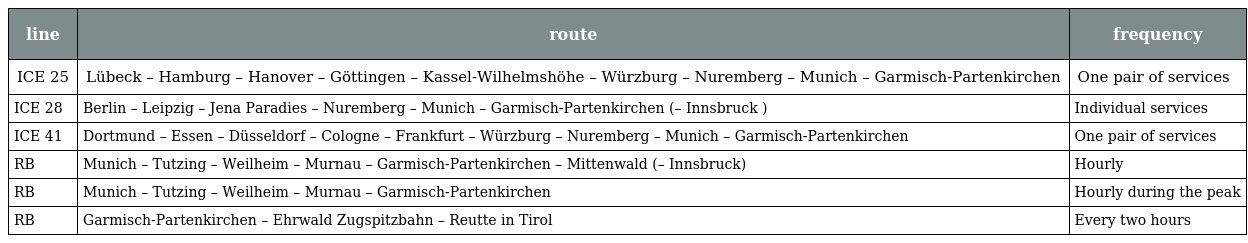
| line | route | frequency |
 | --- | --- | --- |
 | ICE 25 | Lübeck – Hamburg – Hanover – Göttingen – Kassel-Wilhelmshöhe – Würzburg – Nuremberg – Munich – Garmisch-Partenkirchen | One pair of services |
 | ICE 28 | Berlin – Leipzig – Jena Paradies – Nuremberg – Munich – Garmisch-Partenkirchen (– Innsbruck ) | Individual services |
 | ICE 41 | Dortmund – Essen – Düsseldorf – Cologne – Frankfurt – Würzburg – Nuremberg – Munich – Garmisch-Partenkirchen | One pair of services |
 | RB | Munich – Tutzing – Weilheim – Murnau – Garmisch-Partenkirchen – Mittenwald (– Innsbruck) | Hourly |
 | RB | Munich – Tutzing – Weilheim – Murnau – Garmisch-Partenkirchen | Hourly during the peak |
 | RB | Garmisch-Partenkirchen – Ehrwald Zugspitzbahn – Reutte in Tirol | Every two hours |